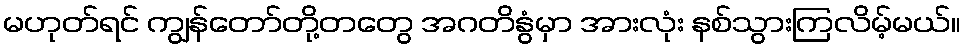
မဟုတ်ရင် ကျွန်တော်တို့တတွေ အဂတိနွံမှာ အားလုံး နစ်သွားကြလိမ့်မယ်။